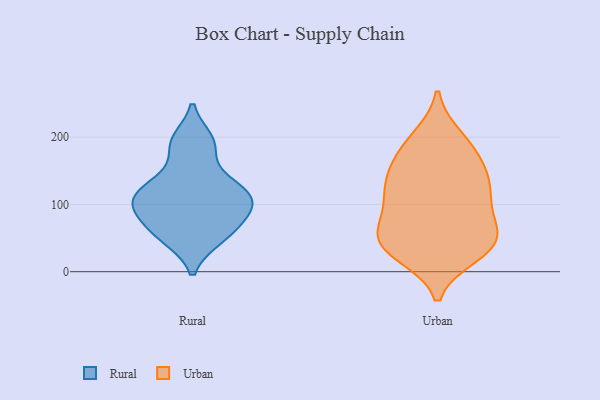
{"axis": {"x": "Inventory Turnover", "y": "Value"}, "legend": ["Rural", "Urban"], "data": [{"x": "", "y": 49, "type": "Rural"}, {"x": "", "y": 195, "type": "Rural"}, {"x": "", "y": 187, "type": "Rural"}, {"x": "", "y": 104, "type": "Rural"}, {"x": "", "y": 113, "type": "Rural"}, {"x": "", "y": 53, "type": "Rural"}, {"x": "", "y": 103, "type": "Rural"}, {"x": "", "y": 86, "type": "Rural"}, {"x": "", "y": 124, "type": "Rural"}, {"x": "", "y": 75, "type": "Rural"}, {"x": "", "y": 136, "type": "Rural"}, {"x": "", "y": 114, "type": "Urban"}, {"x": "", "y": 131, "type": "Urban"}, {"x": "", "y": 132, "type": "Urban"}, {"x": "", "y": 70, "type": "Urban"}, {"x": "", "y": 34, "type": "Urban"}, {"x": "", "y": 45, "type": "Urban"}, {"x": "", "y": 164, "type": "Urban"}, {"x": "", "y": 162, "type": "Urban"}, {"x": "", "y": 76, "type": "Urban"}, {"x": "", "y": 25, "type": "Urban"}, {"x": "", "y": 121, "type": "Urban"}, {"x": "", "y": 48, "type": "Urban"}, {"x": "", "y": 200, "type": "Urban"}, {"x": "", "y": 175, "type": "Urban"}, {"x": "", "y": 89, "type": "Urban"}, {"x": "", "y": 27, "type": "Urban"}, {"x": "", "y": 44, "type": "Urban"}, {"x": "", "y": 197, "type": "Urban"}, {"x": "", "y": 121, "type": "Urban"}, {"x": "", "y": 50, "type": "Urban"}]}